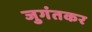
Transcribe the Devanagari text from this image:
जुगंतकर